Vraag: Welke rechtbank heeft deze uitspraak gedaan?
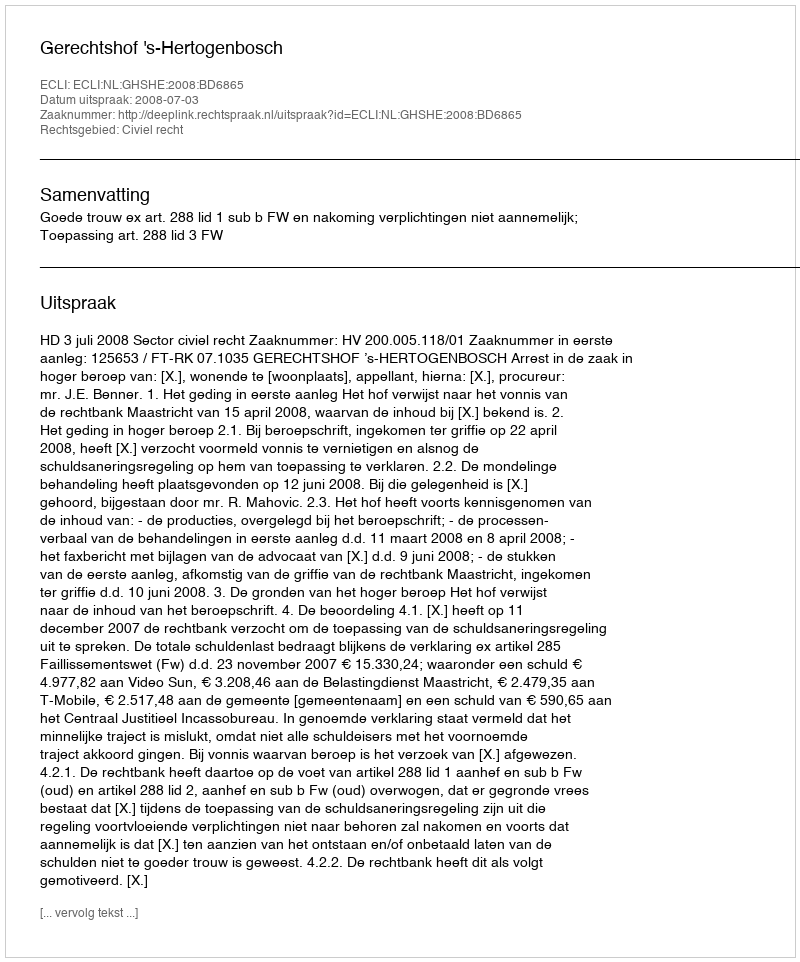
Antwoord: Gerechtshof 's-Hertogenbosch